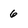
Character: 6